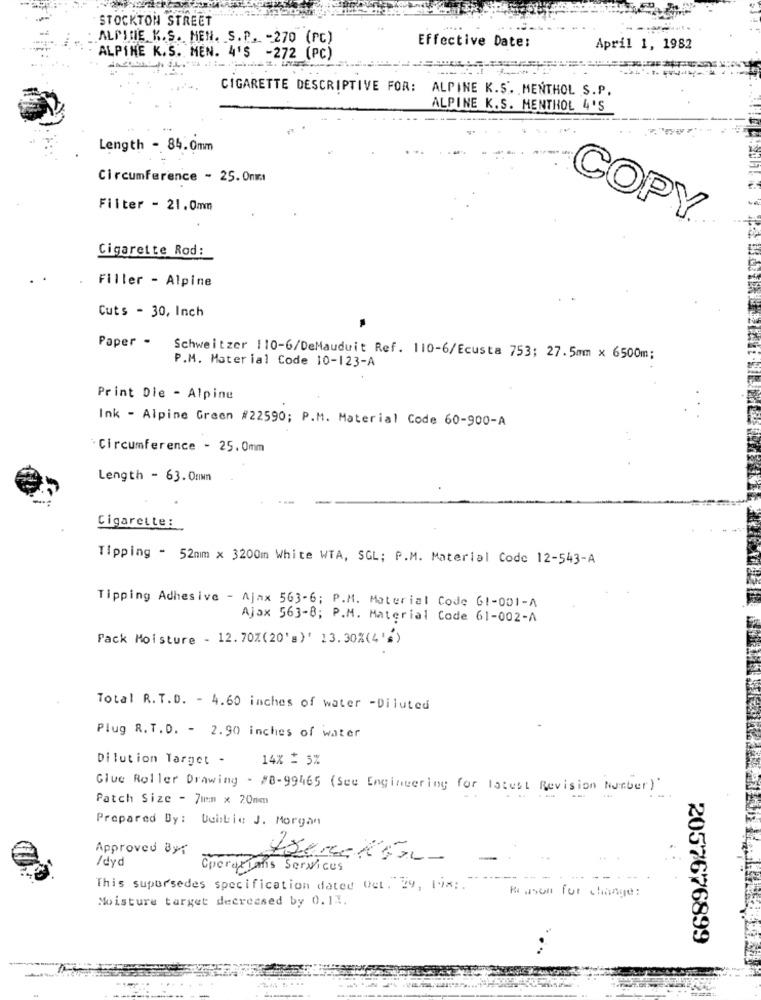
STOCKTON STREET
ALPINE K.S. MEN. S.P. - 270 (PC)
Effective Date:
April 1, 1982
ALPINE K.S. MEN. 4'S -272 (PC)
CIGARETTE DESCRIPTIVE FOR: ALPINE K.S. MENTHOL S.P.
ALPINE K.S. MENTHOL 4'S
Length - 84.0mm
Circumference - 25. 0mm
Filter - 21.0mm
COPY®
Cigarette Rod:
Filler - Alpine
Cuts - 30, Inch
Paper -
Schweitzer 110-6/DeMauduit Ref. 110-6/Ecusta 753; 27.5mm × 6500m;
P.M. Material Code 10-123-A
Print Die - Alpine
Ink - Alpine Green #22590; P.M. Material Code 60-900-A
` Circumference - 25. 0mm
Length - 63. 0mm
Cigarette:
Tipping - 52mm x 3200m White WTA, SGL; P.M. Material Code 12-543-A
Tipping Adhesive - Ajax 563-6; P.M. Material Code GI-001-A
Ajax 563-8; P.M. Material Code 61-002-A
Pack Moisture - 12. 70%(20's)' 13.308(4'")
Total R.T.D. - 4.60 inches of water -Diluted
Plug R. T.D. - 2.90 inches of water
Dilution Target -
14% = 5%
Glue Roller Drawing - #8-99465 (See Engineering for latest Revision Number)
Patch Size - 7mm x 20mm
Prepared By: Uchbie J. Morgan
Approved By:
/dyd
Azereto-
Cperadians Services
This supersedes specification dated Vet ."29, lix; . ""
Reason for change:
Moisture target decreased by 0.13.
2057676899